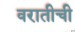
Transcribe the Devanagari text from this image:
वरातीची